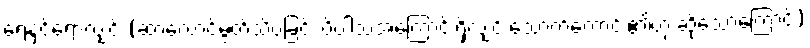
ရေနှင့်ရောလျှင် (ဆာလောင်မွတ်သိပ်ခြင်း ပိပါသအကြောင်းရှိလျှင် သောက်ကောင်း၏ဟု ဆိုသောကြောင့်)